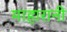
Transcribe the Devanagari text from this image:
माहारानी